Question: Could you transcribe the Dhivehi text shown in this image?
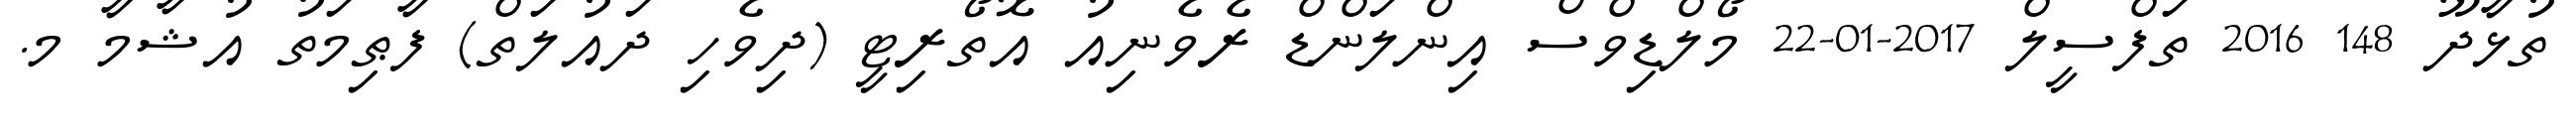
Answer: ތުޅާދޫ 148 2016 ތަފްސީލް 2017-01-22 މޯލްޑިވްސް އިންލަންޑް ރެވެނިއު އޮތޯރިޓީ (ދިވެހި ދައުލަތް) ފާޠިމަތު އުޝާމާ މ.